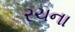
રચના